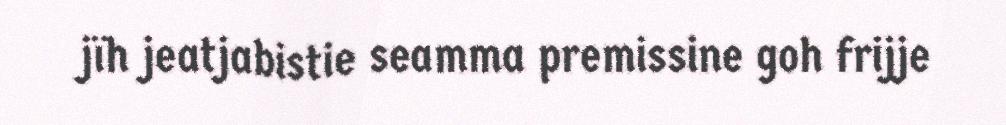
jïh jeatjabistie seamma premissine goh frijje